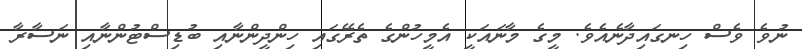
ނުވެ ވެސް ހިނގައިދާނެއެވެ. މީގެ މާނައަކީ އެމީހުންގެ ތެރޭގައި ހިންދީންނާއި ބުޑިސްޓުންނާއި ނަސާރާ